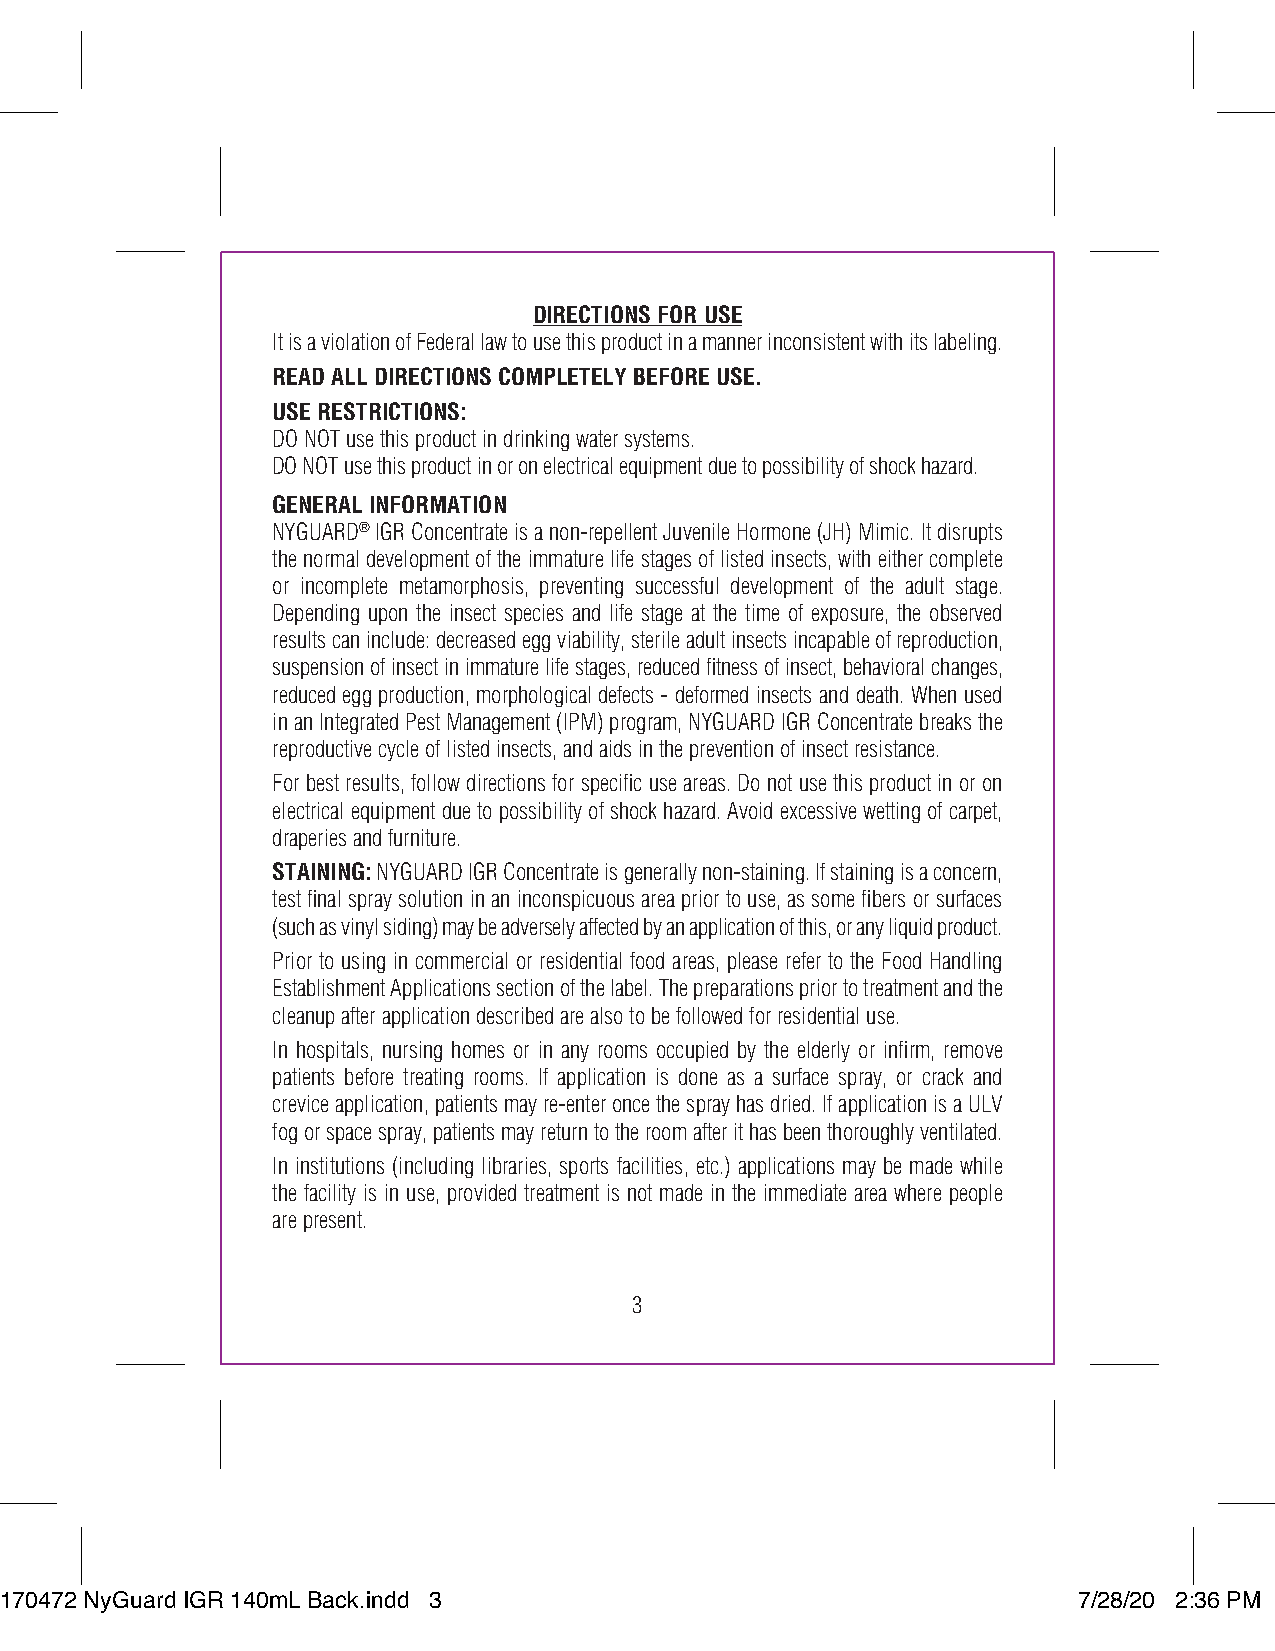
DIRECTIONS FOR USE
 It is a violation of Federal law to use this product in a manner inconsistent with its labeling.
 READ ALL DIRECTIONS COMPLETELY BEFORE USE.
 USE RESTRICTIONS:
 DO NOT use this product in drinking water systems.
 DO NOT use this product in or on electrical equipment due to possibility of shock hazard.
 GENERAL INFORMATION
 NYGUARD® IGR Concentrate is a non-repellent Juvenile Hormone (JH) Mimic. It disrupts
 the normal development of the immature life stages of listed insects, with either complete
 or incomplete metamorphosis, preventing successful development of the adult stage.
 Depending upon the insect species and life stage at the time of exposure, the observed
 results can include: decreased egg viability, sterile adult insects incapable of reproduction,
 suspension of insect in immature life stages, reduced fitness of insect, behavioral changes,
 reduced egg production, morphological defects - deformed insects and death. When used
 in an Integrated Pest Management (IPM) program, NYGUARD IGR Concentrate breaks the
 reproductive cycle of listed insects, and aids in the prevention of insect resistance.
 For best results, follow directions for specific use areas. Do not use this product in or on
 electrical equipment due to possibility of shock hazard. Avoid excessive wetting of carpet,
 draperies and furniture.
 STAINING: NYGUARD IGR Concentrate is generally non-staining. If staining is a concern,
 test final spray solution in an inconspicuous area prior to use, as some fibers or surfaces
 (such as vinyl siding) may be adversely affected by an application of this, or any liquid product.
 Prior to using in commercial or residential food areas, please refer to the Food Handling
 Establishment Applications section of the label. The preparations prior to treatment and the
 cleanup after application described are also to be followed for residential use.
 In hospitals, nursing homes or in any rooms occupied by the elderly or infirm, remove
 patients before treating rooms. If application is done as a surface spray, or crack and
 crevice application, patients may re-enter once the spray has dried. If application is a ULV
 fog or space spray, patients may return to the room after it has been thoroughly ventilated.
 In institutions (including libraries, sports facilities, etc.) applications may be made while
 the facility is in use, provided treatment is not made in the immediate area where people
 are present.
 3
 117700447722 NNyyGGuuaarrdd IIGGRR 114400mmLL BBaacckk..iinndddd 33    77//2288//2200 22::3366 PPMM